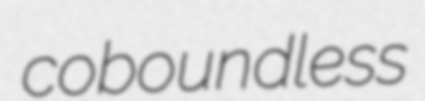
coboundless